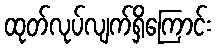
ထုတ်လုပ်လျက်ရှိကြောင်း